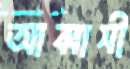
আব্বাসী